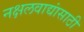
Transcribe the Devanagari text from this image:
नक्षलवाद्यांसाठी